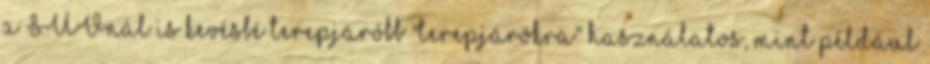
a SUVnál is kevésbé terepjáróbb "terepjárókra" használatos, mint például